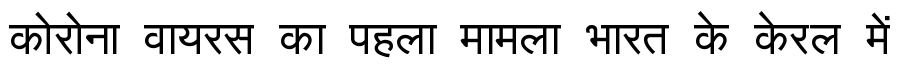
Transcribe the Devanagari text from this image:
कोरोना वायरस का पहला मामला भारत के केरल में